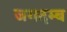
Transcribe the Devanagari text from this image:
जगदम्ब